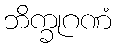
ဘိက္ခုဂဏံ